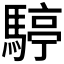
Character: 𩤙